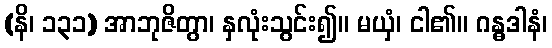
(နိ၊ ၁၃၁) အာဘုဇိတွာ၊ နှလုံးသွင်း၍။ မယှံ၊ ငါ၏။ ဂန္ဓဒါနံ၊